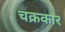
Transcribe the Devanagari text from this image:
चक्रकार